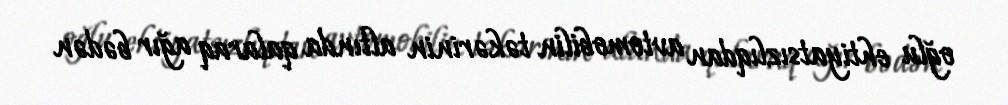
oğlu ehtiyatsızlıqdan avtomobilin təkərinin altında qalaraq ağır bədən